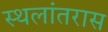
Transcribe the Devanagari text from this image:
स्थलांतरास